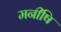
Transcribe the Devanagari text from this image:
मनीषि